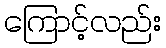
ကြောင့်လည်း